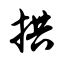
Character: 拱